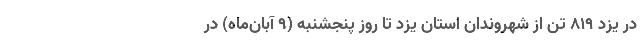
در یزد ۸۱۹ تن از شهروندان استان یزد تا روز پنجشنبه (۹ آبان‌ماه) در